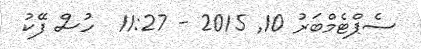
ސެޕްޓެމްބަރު 10